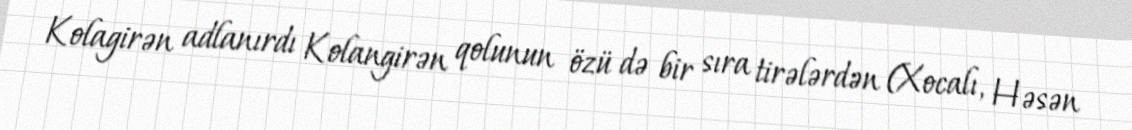
Kolagirən adlanırdı Kolangirən qolunun özü də bir sıra tirələrdən (Xocalı, Həsən